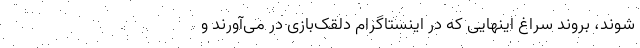
شوند، بروند سراغ اینهایی که در اینستاگرام دلقک‌بازی در می‌آورند و